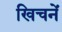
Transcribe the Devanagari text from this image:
खिचनें